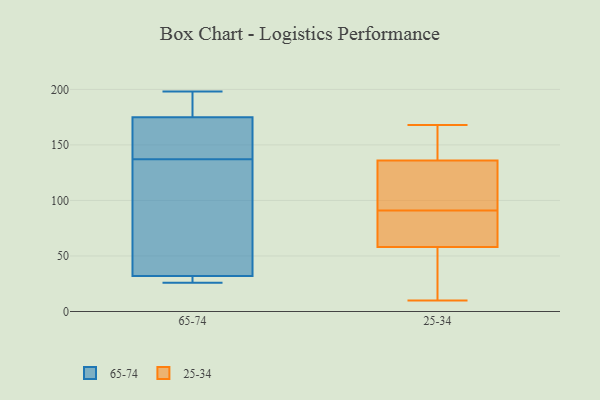
{"axis": {"x": "LTV (USD)", "y": "Value"}, "legend": ["25-34", "65-74"], "data": [{"x": "", "y": 182, "type": "65-74"}, {"x": "", "y": 32, "type": "65-74"}, {"x": "", "y": 26, "type": "65-74"}, {"x": "", "y": 170, "type": "65-74"}, {"x": "", "y": 144, "type": "65-74"}, {"x": "", "y": 79, "type": "65-74"}, {"x": "", "y": 130, "type": "65-74"}, {"x": "", "y": 198, "type": "65-74"}, {"x": "", "y": 26, "type": "65-74"}, {"x": "", "y": 175, "type": "65-74"}, {"x": "", "y": 61, "type": "25-34"}, {"x": "", "y": 64, "type": "25-34"}, {"x": "", "y": 136, "type": "25-34"}, {"x": "", "y": 58, "type": "25-34"}, {"x": "", "y": 10, "type": "25-34"}, {"x": "", "y": 105, "type": "25-34"}, {"x": "", "y": 92, "type": "25-34"}, {"x": "", "y": 149, "type": "25-34"}, {"x": "", "y": 90, "type": "25-34"}, {"x": "", "y": 35, "type": "25-34"}, {"x": "", "y": 144, "type": "25-34"}, {"x": "", "y": 168, "type": "25-34"}, {"x": "", "y": 126, "type": "25-34"}, {"x": "", "y": 21, "type": "25-34"}]}